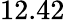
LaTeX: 12.42